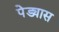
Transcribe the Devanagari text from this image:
पेड्यास